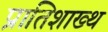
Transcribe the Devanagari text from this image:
प्रातिशाख्थ